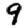
Digit: 9